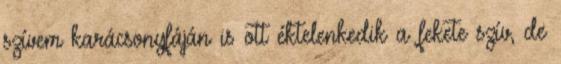
szívem karácsonyfáján is ott éktelenkedik a fekete szív, de